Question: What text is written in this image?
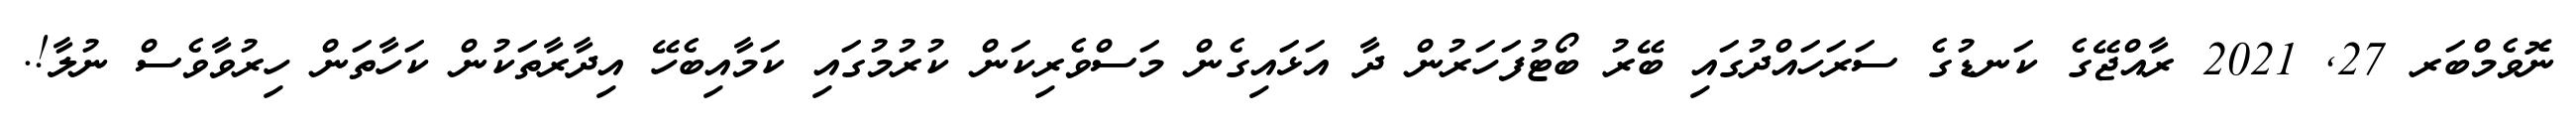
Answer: ނޮވެމްބަރ 27, 2021 ރާއްޖޭގެ ކަނޑުގެ ސަރަހައްދުގައި ބޭރު ބޯޓުފަހަރުން ދާ އަޅައިގެން މަސްވެރިކަން ކުރުމުގައި ކަމާއިބެހޭ އިދާރާތަކުން ކަހާތަން ހިރުވާވެސް ނުލާ!.